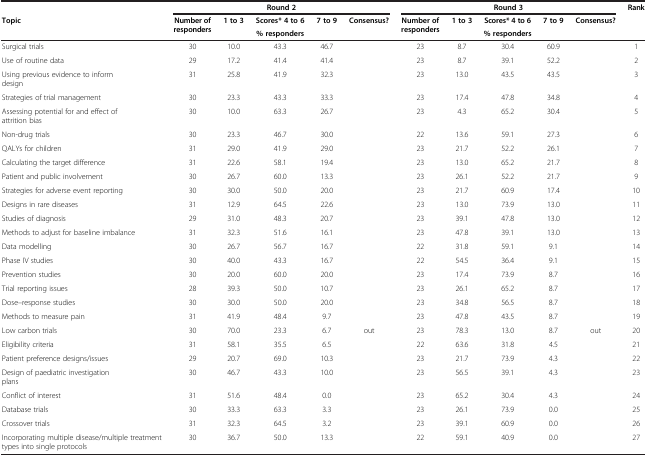
<table><thead><tr><td><b> </b></td><td colspan="5"><b>Round 2</b></td><td colspan="5"><b>Round 3</b></td><td rowspan="3"><b>Rank</b></td></tr><tr><td rowspan="2"><b>Topic</b></td><td rowspan="2"><b>Number of responders</b></td><td><b>1 to 3</b></td><td><b>Scores* 4 to 6</b></td><td><b>7 to 9</b></td><td rowspan="2"><b>Consensus?</b></td><td rowspan="2"><b>Number of responders</b></td><td><b>1 to 3</b></td><td><b>Scores* 4 to 6</b></td><td><b>7 to 9</b></td><td rowspan="2"><b>Consensus?</b></td></tr><tr><td colspan="3"><b>% responders</b></td><td colspan="3"><b>% responders</b></td></tr></thead><tbody><tr><td>Surgical trials</td><td>30</td><td>10.0</td><td>43.3</td><td>46.7</td><td> </td><td>23</td><td>8.7</td><td>30.4</td><td>60.9</td><td> </td><td>1</td></tr><tr><td>Use of routine data</td><td>29</td><td>17.2</td><td>41.4</td><td>41.4</td><td> </td><td>23</td><td>8.7</td><td>39.1</td><td>52.2</td><td> </td><td>2</td></tr><tr><td>Using previous evidence to inform design</td><td>31</td><td>25.8</td><td>41.9</td><td>32.3</td><td> </td><td>23</td><td>13.0</td><td>43.5</td><td>43.5</td><td> </td><td>3</td></tr><tr><td>Strategies of trial management</td><td>30</td><td>23.3</td><td>43.3</td><td>33.3</td><td> </td><td>23</td><td>17.4</td><td>47.8</td><td>34.8</td><td> </td><td>4</td></tr><tr><td>Assessing potential for and effect of attrition bias</td><td>30</td><td>10.0</td><td>63.3</td><td>26.7</td><td> </td><td>23</td><td>4.3</td><td>65.2</td><td>30.4</td><td> </td><td>5</td></tr><tr><td>Non-drug trials</td><td>30</td><td>23.3</td><td>46.7</td><td>30.0</td><td> </td><td>22</td><td>13.6</td><td>59.1</td><td>27.3</td><td> </td><td>6</td></tr><tr><td>QALYs for children</td><td>31</td><td>29.0</td><td>41.9</td><td>29.0</td><td> </td><td>23</td><td>21.7</td><td>52.2</td><td>26.1</td><td> </td><td>7</td></tr><tr><td>Calculating the target difference</td><td>31</td><td>22.6</td><td>58.1</td><td>19.4</td><td> </td><td>23</td><td>13.0</td><td>65.2</td><td>21.7</td><td> </td><td>8</td></tr><tr><td>Patient and public involvement</td><td>30</td><td>26.7</td><td>60.0</td><td>13.3</td><td> </td><td>23</td><td>26.1</td><td>52.2</td><td>21.7</td><td> </td><td>9</td></tr><tr><td>Strategies for adverse event reporting</td><td>30</td><td>30.0</td><td>50.0</td><td>20.0</td><td> </td><td>23</td><td>21.7</td><td>60.9</td><td>17.4</td><td> </td><td>10</td></tr><tr><td>Designs in rare diseases</td><td>31</td><td>12.9</td><td>64.5</td><td>22.6</td><td> </td><td>23</td><td>13.0</td><td>73.9</td><td>13.0</td><td> </td><td>11</td></tr><tr><td>Studies of diagnosis</td><td>29</td><td>31.0</td><td>48.3</td><td>20.7</td><td> </td><td>23</td><td>39.1</td><td>47.8</td><td>13.0</td><td> </td><td>12</td></tr><tr><td>Methods to adjust for baseline imbalance</td><td>31</td><td>32.3</td><td>51.6</td><td>16.1</td><td> </td><td>23</td><td>47.8</td><td>39.1</td><td>13.0</td><td> </td><td>13</td></tr><tr><td>Data modelling</td><td>30</td><td>26.7</td><td>56.7</td><td>16.7</td><td> </td><td>22</td><td>31.8</td><td>59.1</td><td>9.1</td><td> </td><td>14</td></tr><tr><td>Phase IV studies</td><td>30</td><td>40.0</td><td>43.3</td><td>16.7</td><td> </td><td>22</td><td>54.5</td><td>36.4</td><td>9.1</td><td> </td><td>15</td></tr><tr><td>Prevention studies</td><td>30</td><td>20.0</td><td>60.0</td><td>20.0</td><td> </td><td>23</td><td>17.4</td><td>73.9</td><td>8.7</td><td> </td><td>16</td></tr><tr><td>Trial reporting issues</td><td>28</td><td>39.3</td><td>50.0</td><td>10.7</td><td> </td><td>23</td><td>26.1</td><td>65.2</td><td>8.7</td><td> </td><td>17</td></tr><tr><td>Dose–response studies</td><td>30</td><td>30.0</td><td>50.0</td><td>20.0</td><td> </td><td>23</td><td>34.8</td><td>56.5</td><td>8.7</td><td> </td><td>18</td></tr><tr><td>Methods to measure pain</td><td>31</td><td>41.9</td><td>48.4</td><td>9.7</td><td> </td><td>23</td><td>47.8</td><td>43.5</td><td>8.7</td><td> </td><td>19</td></tr><tr><td>Low carbon trials</td><td>30</td><td>70.0</td><td>23.3</td><td>6.7</td><td>out</td><td>23</td><td>78.3</td><td>13.0</td><td>8.7</td><td>out</td><td>20</td></tr><tr><td>Eligibility criteria</td><td>31</td><td>58.1</td><td>35.5</td><td>6.5</td><td> </td><td>22</td><td>63.6</td><td>31.8</td><td>4.5</td><td> </td><td>21</td></tr><tr><td>Patient preference designs/issues</td><td>29</td><td>20.7</td><td>69.0</td><td>10.3</td><td> </td><td>23</td><td>21.7</td><td>73.9</td><td>4.3</td><td> </td><td>22</td></tr><tr><td>Design of paediatric investigation plans</td><td>30</td><td>46.7</td><td>43.3</td><td>10.0</td><td> </td><td>23</td><td>56.5</td><td>39.1</td><td>4.3</td><td> </td><td>23</td></tr><tr><td>Conflict of interest</td><td>31</td><td>51.6</td><td>48.4</td><td>0.0</td><td> </td><td>23</td><td>65.2</td><td>30.4</td><td>4.3</td><td> </td><td>24</td></tr><tr><td>Database trials</td><td>30</td><td>33.3</td><td>63.3</td><td>3.3</td><td> </td><td>23</td><td>26.1</td><td>73.9</td><td>0.0</td><td> </td><td>25</td></tr><tr><td>Crossover trials</td><td>31</td><td>32.3</td><td>64.5</td><td>3.2</td><td> </td><td>23</td><td>39.1</td><td>60.9</td><td>0.0</td><td> </td><td>26</td></tr><tr><td>Incorporating multiple disease/multiple treatment types into single protocols</td><td>30</td><td>36.7</td><td>50.0</td><td>13.3</td><td> </td><td>22</td><td>59.1</td><td>40.9</td><td>0.0</td><td> </td><td>27</td></tr></tbody></table>